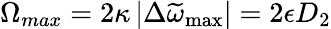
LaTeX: \Omega_{max}=2\kappa\left|\Delta\widetilde{\omega}_{\mathrm{max}}\right|=2\epsilon{D_{2}}